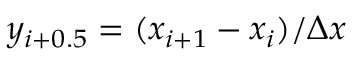
y _ { i + 0 . 5 } = ( x _ { i + 1 } - x _ { i } ) / \Delta x